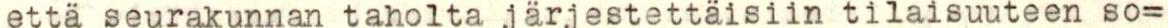
että seurakunnan taholta järjestettäisiin tilaisuuteen so=